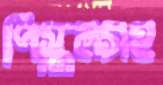
পিস্তলসহ